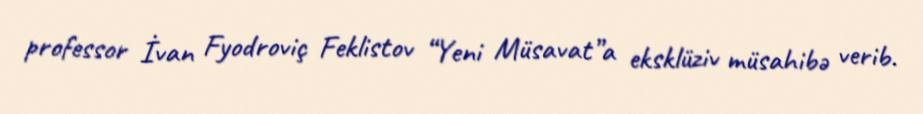
professor İvan Fyodroviç Feklistov “Yeni Müsavat”a eksklüziv müsahibə verib.